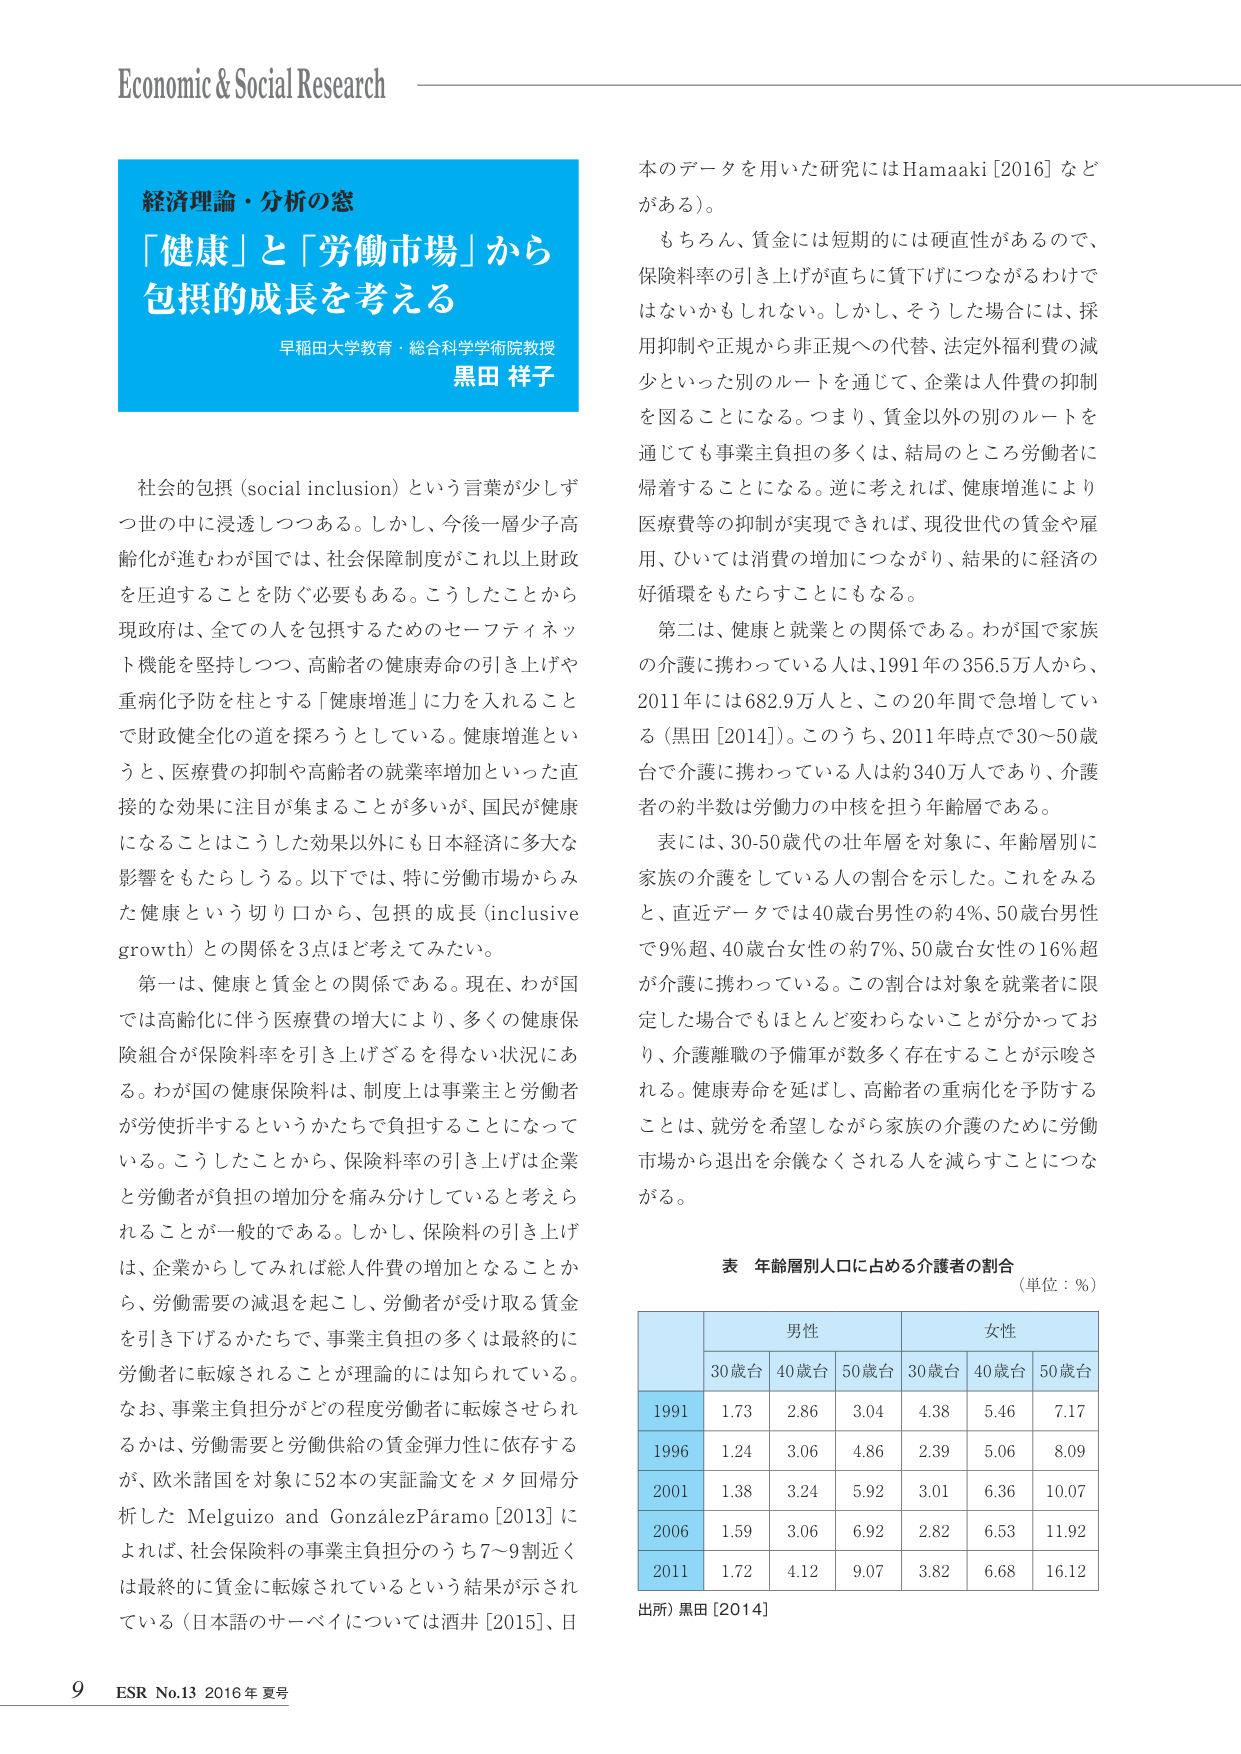
Economic & Social Research

経済理論・分析の窓
「健康」と「労働市場」から
包摂的成長を考える
早稲田大学教育・総合科学学術院教授
黒田 祥子

社会的包摂 (social inclusion) という言葉が少しずつ世の中に浸透しつつある。しかし、今後一層少子高齢化が進むわが国では、社会保障制度がこれ以上財政を圧迫することを防ぐ必要もある。こうしたことから現政府は、全ての人を包摂するためのセーフティネット機能を堅持しつつ、高齢者の健康寿命の引き上げや重病化予防を柱とする「健康増進」に力を入れることで財政健全化の道を探ろうとしている。健康増進というと、医療費の抑制や高齢者の就業率増加といった直接的な効果に注目が集まることが多いが、国民が健康になることはこうした効果以外にも日本経済に多大な影響をもたらしうる。以下では、特に労働市場からみた健康という切り口から、包摂的成長 (inclusive growth) との関係を3点ほど考えてみたい。

第一は、健康と賃金との関係である。現在、わが国では高齢化に伴う医療費の増大により、多くの健康保険組合が保険料率を引き上げざるを得ない状況にある。わが国の健康保険料は、制度上は事業主と労働者が労使折半するというかたちで負担することになっている。こうしたことから、保険料率の引き上げは企業と労働者が負担の増加分を痛み分けしていると考えられることが一般的である。しかし、保険料の引き上げは、企業からしてみれば総人件費の増加となることから、労働需要の減退を起こし、労働者が受け取る賃金を引き下げるかたちで、事業主負担の多くは最終的に労働者に転嫁されることが理論的には知られている。なお、事業主負担分がどの程度労働者に転嫁させられるかは、労働需要と労働供給の賃金弾力性に依存するが、欧米諸国を対象に52本の実証論文をメタ回帰分析した Melguizo and GonzálezPáramo [2013] によれば、社会保障料の事業主負担分のうち7〜9割近くは最終的に賃金に転嫁されているという結果が示されている（日本語のサーベイについては酒井 [2015]、日

本のデータを用いた研究には Hamaaki [2016] などがある）。

もちろん、賃金には短期的には硬直性があるので、保険料率の引き上げが直ちに賃下げにつながるわけではないかもしれない。しかし、そうした場合には、採用抑制や正規から非正規への代替、法定外福利費の減少といった別のルートを通じて、企業は人件費の抑制を図ることになる。つまり、賃金以外の別のルートを通じても事業主負担の多くは、結局のところ労働者に帰着することになる。逆に考えれば、健康増進により医療費等の抑制が実現できれば、現役世代の賃金や雇用、ひいては消費の増加につながり、結果的に経済の好循環をもたらすことにもなる。

第二は、健康と就業との関係である。わが国で家族の介護に携わっている人は、1991年の356.5万人から、2011年には682.9万人と、この20年間で急増している（黒田 [2014]）。このうち、2011年時点で30〜50歳台で介護に携わっている人は約340万人であり、介護者の約半数は労働力の中核を担う年齢層である。

表には、30-50歳代の壮年層を対象に、年齢層別に家族の介護をしている人の割合を示した。これをみると、直近データでは40歳台男性の約4%、50歳台男性で9%超、40歳台女性の約7%、50歳台女性の16%超が介護に携わっている。この割合は対象を就業者に限定した場合でもほとんど変わらないことが分かっており、介護離職の予備軍が数多く存在することが示唆される。健康寿命を延ばし、高齢者の重病化を予防することは、就労を希望しながら家族の介護のために労働市場から退出を余儀なくされる人を減らすことにつながる。

表 年齢層別人口に占める介護者の割合
（単位：％）

男性 女性
30歳台 40歳台 50歳台 30歳台 40歳台 50歳台
1991 1.73 2.86 3.04 4.38 5.46 7.17
1996 1.24 3.06 4.86 2.39 5.06 8.09
2001 1.38 3.24 5.92 3.01 6.36 10.07
2006 1.59 3.06 6.92 2.82 6.53 11.92
2011 1.72 4.12 9.07 3.82 6.68 16.12

出所）黒田 [2014]

9 ESR No.13 2016年 夏号